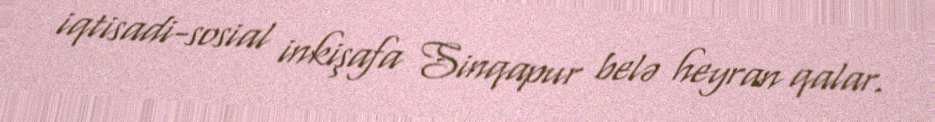
iqtisadi-sosial inkişafa Sinqapur belə heyran qalar.